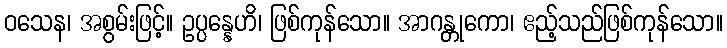
ဝသေန၊ အစွမ်းဖြင့်။ ဥပ္ပန္နေဟိ၊ ဖြစ်ကုန်သော။ အာဂန္တုကော၊ ဧည့်သည်ဖြစ်ကုန်သော။